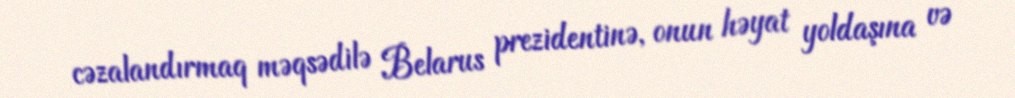
cəzalandırmaq məqsədilə Belarus prezidentinə, onun həyat yoldaşına və